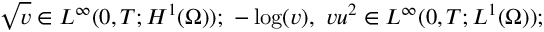
\sqrt { v } \in L ^ { \infty } ( 0 , T ; H ^ { 1 } ( \Omega ) ) ; \ - \log ( v ) , \ v u ^ { 2 } \in L ^ { \infty } ( 0 , T ; L ^ { 1 } ( \Omega ) ) ;